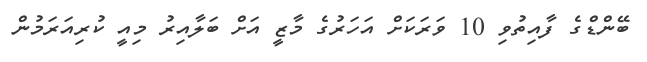
ބޭންޑްގެ ފާއިތުވި 10 ވަރަކަށް އަހަރުގެ މާޒީ އަށް ބަލާއިރު މިއީ ކުރިއަރަމުން